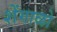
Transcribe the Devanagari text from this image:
शेंगाळो